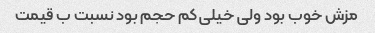
مزش خوب بود ولی خیلی کم حجم بود نسبت ب قیمت